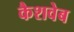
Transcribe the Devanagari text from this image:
कैशवेब